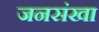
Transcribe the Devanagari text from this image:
जनसंखा